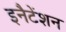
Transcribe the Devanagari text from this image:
इनैटेंशन